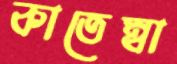
কাতেম্বা